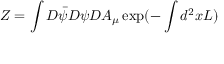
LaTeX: { \cal Z } = \int D \bar { \psi } D \psi D A _ { \mu } \exp ( - \int d ^ { 2 } x { \cal L } )